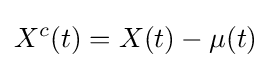
X^{c}(t)=X(t)-\mu (t)